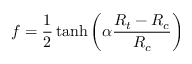
f = \frac { 1 } { 2 } \operatorname { t a n h } \left( \alpha \frac { R _ { t } - R _ { c } } { R _ { c } } \right)